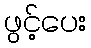
ဖွင့်ပေး